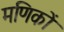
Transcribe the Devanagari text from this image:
मणिकों